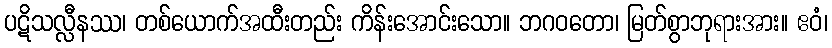
ပဋိသလ္လီနဿ၊ တစ်ယောက်အထီးတည်း ကိန်းအောင်းသော။ ဘဂဝတော၊ မြတ်စွာဘုရားအား။ ဧဝံ၊